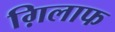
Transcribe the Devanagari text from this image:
ग़िलाफ